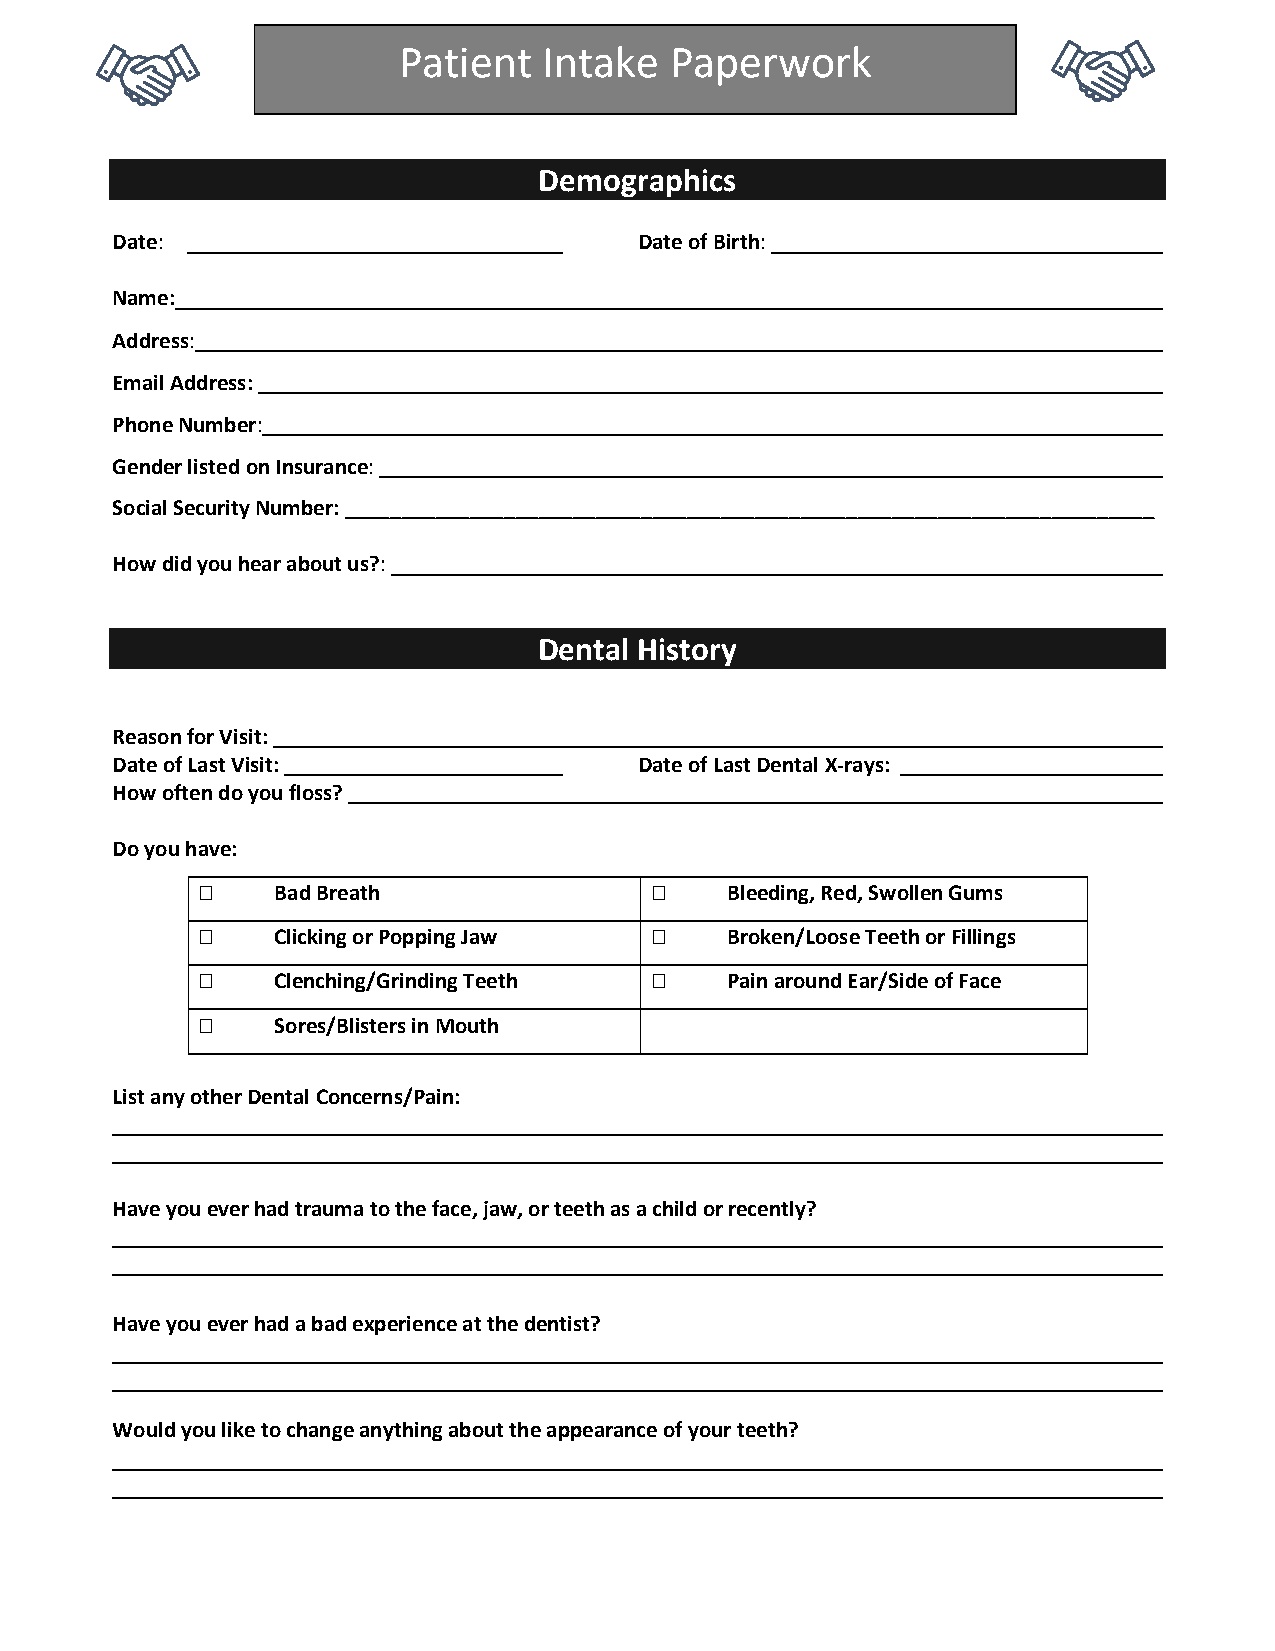
Patient   Intake  Paperwork
 Demographics
 Date:                              Date of Birth:
 Name:
 Address:
 Email Address:
 Phone Number:
 Gender listed on Insurance:
 Social Security Number: _______________________________________________________________________
 How did you hear about us?:
 Dental History
 Reason for Visit:
 Date of Last Visit:                Date of Last Dental X-rays:
 How often do you floss?
 Do you have:
     Bad Breath                   Bleeding, Red, Swollen Gums
     Clicking or Popping Jaw      Broken/Loose Teeth or Fillings
     Clenching/Grinding Teeth     Pain around Ear/Side of Face
     Sores/Blisters in Mouth
 List any other Dental Concerns/Pain:
 Have you ever had trauma to the face, jaw, or teeth as a child or recently?
 Have you ever had a bad experience at the dentist?
 Would you like to change anything about the appearance of your teeth?